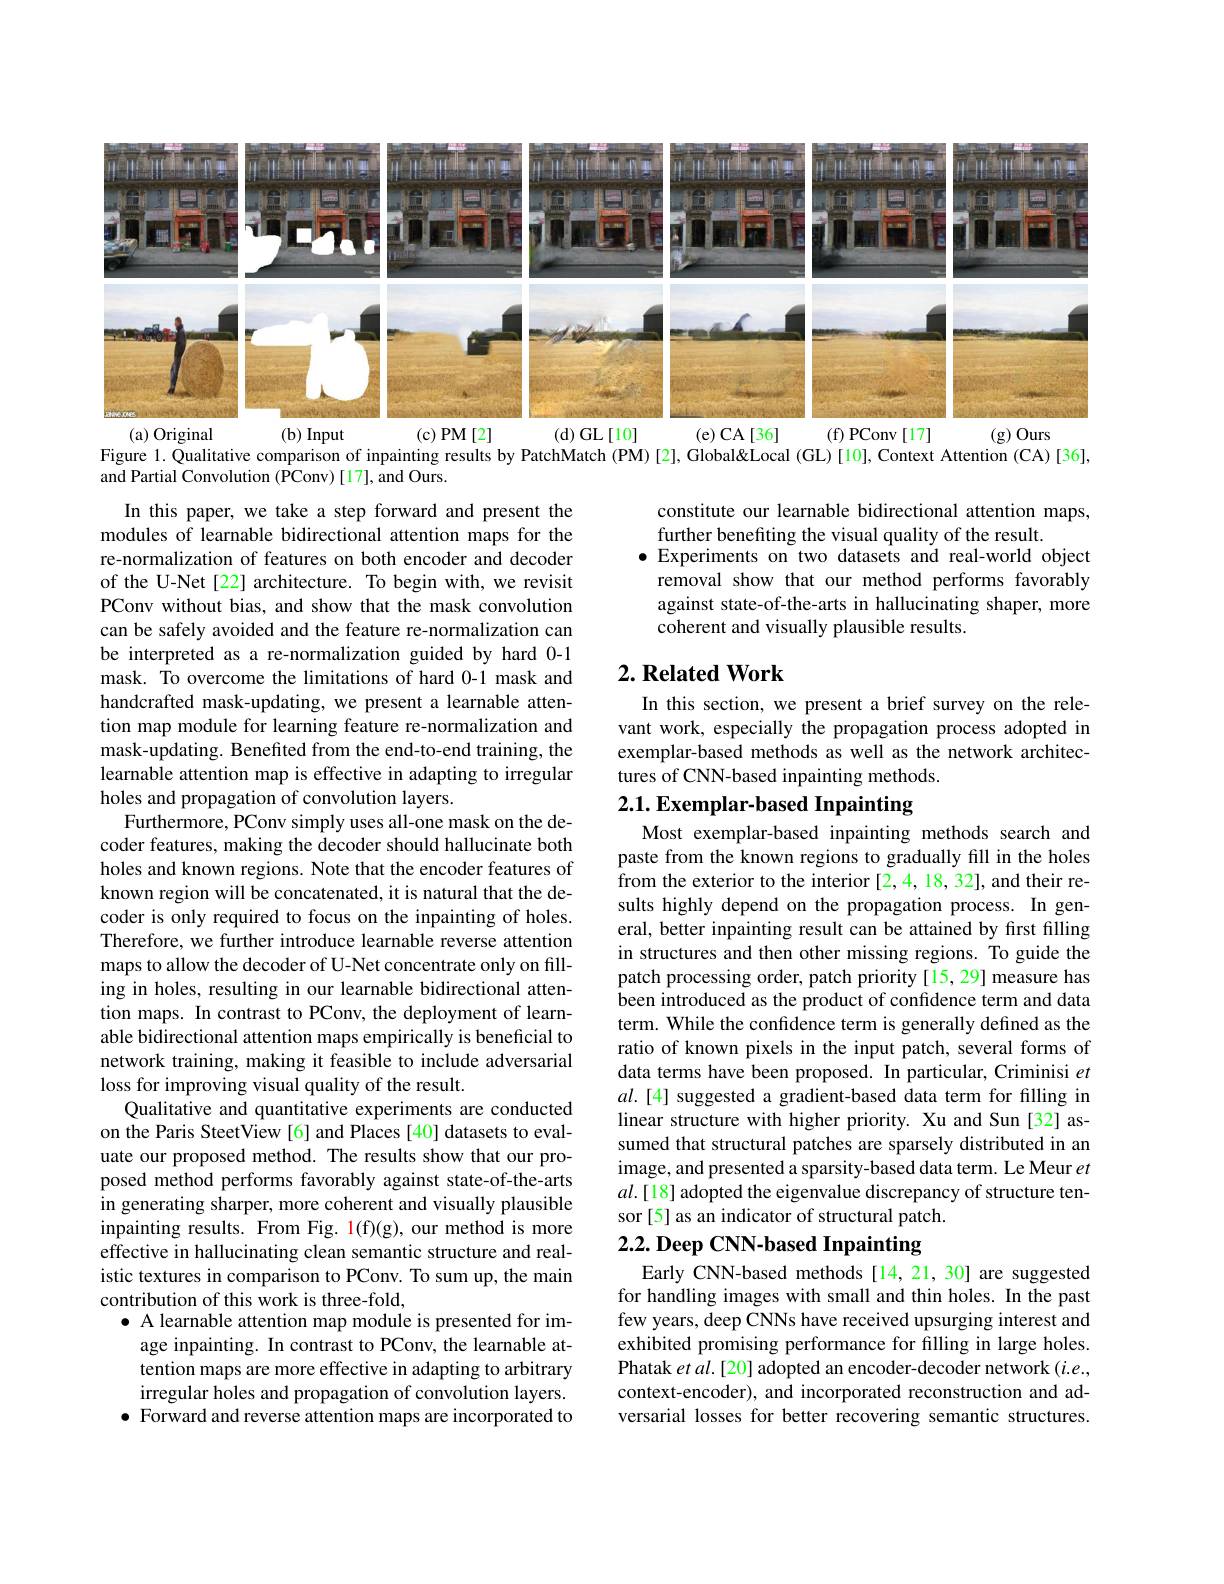
<FigureHere>
( a) Original
(d) GL[10]
(f)PConv[17]
$(b)$ Input
(c)PM[2]
(e)CA[36]
(g)Ours

Figure 1. Qualitative comparison of inpainting results by PatchMatch (PM) [2], Global'" Global''eal ( GL) [ 10] , Context Attention ( CA) [ 36] ,
and Partial Convolution (PConv) [17], and Ours.

constitute our learnable bidirectional attention maps,
further benefiting the visual quality of the result.
$\bullet$ Experiments on two datasets and real-world object
removal show that our method performs favorably against state-of-the-arts in hallucinating shaper, more coherent and visually plausible results.

## $2. \textbf{Related Work}$

In this section, we present a brief survey on the relevant work, especially the propagation process adopted in exemplar-based methods as well as the network architectures of CNN-based inpainting methods.

# 2.1. Exemplar-based Inpainting

In this paper, we take a step forward and present the modules of learnable bidirectional attention maps for the re-normalization of features on both encoder and decoder of the U-Net[22] architecture. To begin with, we revisit PConv without bias, and show that the mask convolution can be safely avoided and the feature re-normalization can be interpreted as a re-normalization guided by hard 0-1 mask. To overcome the limitations of hard 0-1 mask and handcrafted mask-updating, we present a learnable attention map module for learning feature re-normalization and mask-updating. Benefited from the end-to-end training, the learnable attention map is effective in adapting to irregular holes and propagation of convolution layers.
Furthermore, PConv simply uses all-one mask on the decoder features, making the decoder should hallucinate both holes and known regions. Note that the encoder features of known region will be concatenated, it is natural that the decoder is only required to focus on the inpainting of holes. Therefore, we further introduce learnable reverse attention maps to allow the decoder of U-Net concentrate only on filling in holes, resulting in our learnable bidirectional attention maps. In contrast to PConv, the deployment of learnable bidirectional attention maps empirically is beneficial to network training, making it feasible to include adversarial loss for improving visual quality of the result.
Qualitative and quantitative experiments are conducted on the Paris SteetView [6] and Places [40] datasets to evaluate our proposed method. The results show that our proposed method performs favorably against state-of-the-arts in generating sharper, more coherent and visually plausible inpainting results. From Fig. 1(f)(g), our method is more effective in hallucinating clean semantic structure and realistic textures in comparison to PConv. To sum up, the main contribution of this work is three-fold,
$\bullet$ A learnable attention map module is presented for im-
age inpainting. In contrast to PConv, the learnable attention maps are more effective in adapting to arbitrary irregular holes and propagation of convolution layers.
$\bullet$ Forward and reverse attention maps are incorporated to

Most exemplar-based inpainting methods search and paste from the known regions to gradually fill in the holes from the exterior to the interior [2,4,18,32],and their results highly depend on the propagation process. In general, better inpainting result can be attained by first filling in structures and then other missing regions. To guide the patch processing order, patch priority[15,29] measure has been introduced as the product of confidence term and data term. While the confidence term is generally defined as the ratio of known pixels in the input patch, several forms of data terms have been proposed. In particular, Criminisi $et$ $al.[4]$ suggested a gradient-based data term for filling in linear structure with higher priority. Xu and Sun [32] assumed that structural patches are sparsely distributed in an image, and presented a sparsity-based data term. Le Meur $et$ $al.[18]$ adopted the eigenvalue discrepancy of structure tensor[5] as an indicator of structural patch.
2.2. Deep CNN-based Inpainting

Early CNN-based methods[14,21,30] are suggested for handling images with small and thin holes. In the past few years, deep CNNs have received upsurging interest and exhibited promising performance for filling in large holes. Phatak $etal.[20]$ adopted an encoder-decoder network $(i.e.$, context-encoder), and incorporated reconstruction and adversarial losses for better recovering semantic structures.